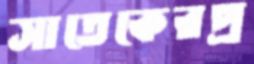
সাতেকেরপ্র